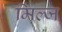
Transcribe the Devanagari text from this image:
मिल्ज